Sketch of the medical history of the native army of Bombay, for the year
Year: 1870
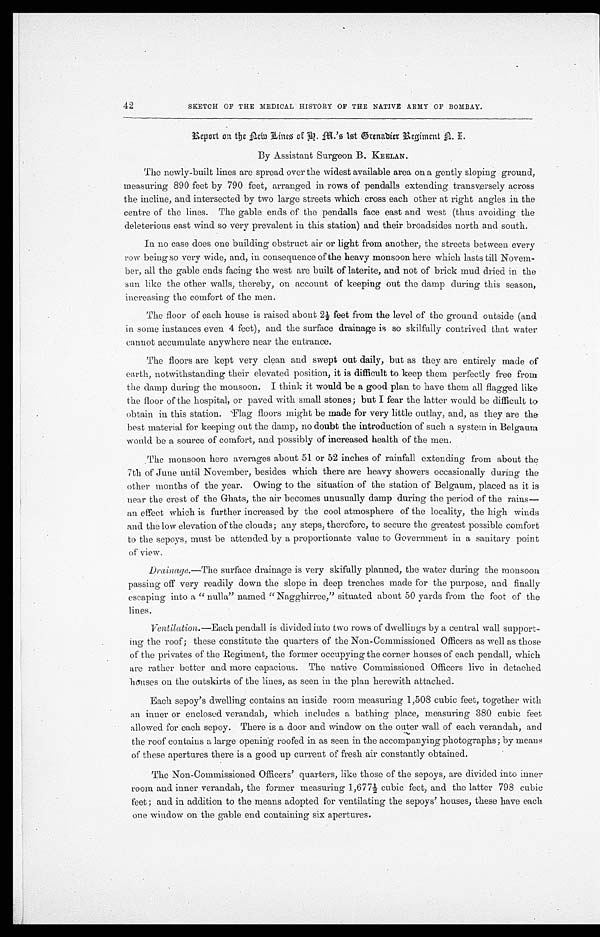
42
SKETCH OF THE MEDICAL HISTORY OF THE NATIVE ARMY OF BOMBAY.
Report on the new Lines of H. M.'s 1st Drenadier Regiment A. E.
By Assistant Surgeon B. KEELAN.
The newly-built lines are spread over the widest available area on a gently sloping ground,
measuring 890 feet by 790 feet, arranged in rows of pendalls extending transversely across
the incline, and intersected by two large streets which cross each other at right angles in the
centre of the lines. The gable ends of the pendalls face east and west (thus avoiding the
deleterious east wind so very prevalent in this station) and their broadsides north and south.
In no case does one building obstruct air or light from another, the streets between every
row being so very wide, and, in consequence of the heavy monsoon here which lasts till Novem
-
ber, all the gable ends facing the west are built of laterite, and not of brick mud dried in the
sun like the other walls, thereby, on account of keeping out the damp during this season,
increasing the comfort of the men.
The floor of each house is raised about 2½ feet from the level of the ground outside (and
in some instances even 4 feet), and the surface drainage is so skilfully contrived that water
cannot accumulate anywhere near the entrance.
The floors are kept very clean and swept out daily, but as they are entirely made of
earth, notwithstanding their elevated position, it is difficult to keep them perfectly free from
the damp during the monsoon. I think it would be a good plan to have them all flagged like
the floor of the hospital, or paved with small stones; but I fear the latter would be difficult to
obtain in this station. 'Flag floors might be made for very little outlay, and, as they are the
best material for keeping out the damp, no doubt the introduction of such a system in Belgaum
would be a source of comfort, and possibly of increased health of the men.
The monsoon here averages about 51 or 52 inches of rainfall extending from about the
7th of June until November, besides which there are heavy showers occasionally during the
other months of the year. Owing to the situation of the station of Belgaum, placed as it is
near the crest of the Ghats, the air becomes unusually damp during the period of the rains
—
an effect which is further increased by the cool atmosphere of the locality, the high winds
and the low elevation of the clouds; any steps, therefore, to secure the greatest possible comfort
to the sepoys, must be attended by a proportionate value to Government in a sanitary point
of view.
Drainage.— The surface drainage is very skifully planned, the water during the monsoon
passing off very readily down the slope in deep trenches made for the purpose, and finally
escaping into a "nulla" named "Nagghirree," situated about 50 yards from the foot of the
lines.
Ventilation.— Each pendall is divided into two rows of dwellings by a central wall support
-
ing the roof; these constitute the quarters of the Non-Commissioned Officers as well as those
of the privates of the Regiment, the former occupying the corner houses of each pendall, which
are rather better and more capacious. The native Commissioned Officers live in detached
h o u s e s o n t h e o u t s k i r t s o f t h e l i n e s , a s s e e n i n t h e p l a n h e r e w i t h a t t a c h e d .
Each sepoy's dwelling contains an inside room measuring 1,508 cubic feet, together with
an inner or enclosed verandah, which includes a bathing place, measuring 380 cubic feet
allowed for each sepoy. There is a door and window on the outer wall of each verandah, and
the roof contains a large opening roofed in as seen in the accompanying photographs; by means
of these apertures there is a good up current of fresh air constantly obtained.
The Non-Commissioned Officers' quarters, like those of the sepoys, are divided into inner
room and inner verandah, the former measuring 1,677½ cubic feet, and the latter 798 cubic
feet; and in addition to the means adopted for ventilating the sepoys' houses, these have each
one window on the gable end containing six apertures.